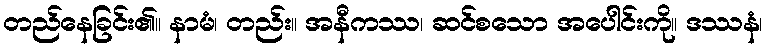
တည်နေခြင်း၏။ နာမံ၊ တည်း။ အနီကဿ၊ ဆင်စသော အပေါင်းကို။ ဒဿနံ၊